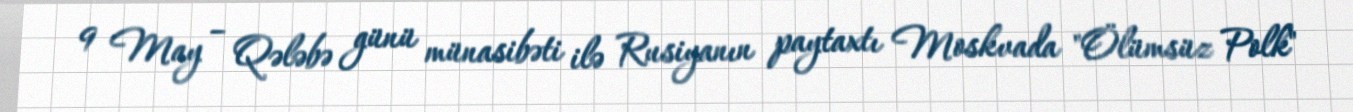
9 May – Qələbə günü münasibəti ilə Rusiyanın paytaxtı Moskvada "Ölümsüz Polk"